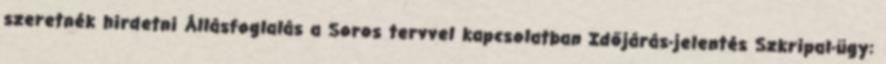
szeretnék hirdetni Állásfoglalás a Soros tervvel kapcsolatban Időjárás-jelentés Szkripal-ügy: